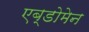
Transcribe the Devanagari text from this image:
एब्डोमेन